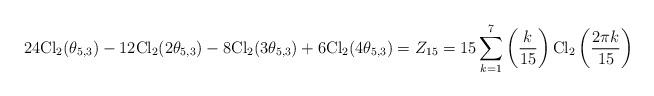
LaTeX: \begin{align*}24{\rm Cl}_2(\theta_{5,3})-12{\rm Cl}_2(2\theta_{5,3})-8{\rm Cl}_2(3\theta_{5,3})+6{\rm Cl}_2(4\theta_{5,3})=Z_{15}=15\sum_{k=1}^7\left(\frac{k}{15}\right){\rm Cl}_2\left(\frac{2\pi k}{15}\right)\end{align*}